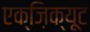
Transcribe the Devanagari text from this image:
एक्ज़िक्यूट